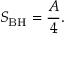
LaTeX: S _ { \mathrm { B H } } = { \frac { A } { 4 } } .